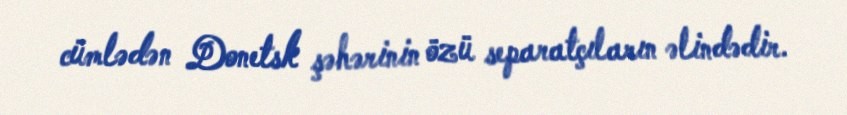
cümlədən Donetsk şəhərinin özü separatçıların əlindədir.